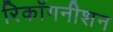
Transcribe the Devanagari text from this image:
रिकॉगनीशन